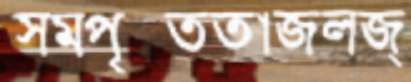
সমপৃক্ততাজলজ্